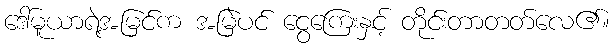
ဒေါ်မူယာရဲ့အမြင်က အမြဲပင် ငွေကြေးနှင့် တိုင်းတာတတ်လေ၏။